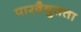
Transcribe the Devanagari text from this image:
पारवैद्युतता